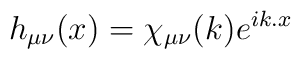
h_{\mu \nu}(x) = \chi_{\mu \nu}(k) e^{ik.x}